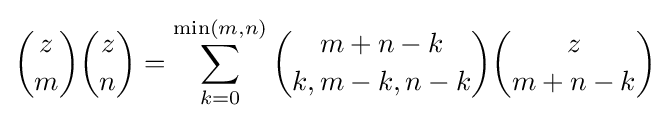
{z \choose m}{z \choose n}=\sum _{k=0}^{\min(m,n)}{m+n-k \choose k,m-k,n-k}{z \choose m+n-k}